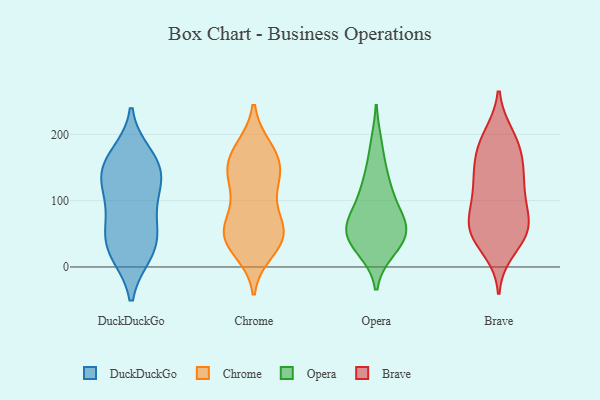
{"axis": {"x": "Revenue (USD Million)", "y": "Value"}, "legend": ["Brave", "Chrome", "DuckDuckGo", "Opera"], "data": [{"x": "", "y": 147, "type": "DuckDuckGo"}, {"x": "", "y": 121, "type": "DuckDuckGo"}, {"x": "", "y": 22, "type": "DuckDuckGo"}, {"x": "", "y": 30, "type": "DuckDuckGo"}, {"x": "", "y": 74, "type": "DuckDuckGo"}, {"x": "", "y": 55, "type": "DuckDuckGo"}, {"x": "", "y": 105, "type": "DuckDuckGo"}, {"x": "", "y": 146, "type": "DuckDuckGo"}, {"x": "", "y": 167, "type": "DuckDuckGo"}, {"x": "", "y": 151, "type": "DuckDuckGo"}, {"x": "", "y": 28, "type": "DuckDuckGo"}, {"x": "", "y": 66, "type": "Chrome"}, {"x": "", "y": 76, "type": "Chrome"}, {"x": "", "y": 177, "type": "Chrome"}, {"x": "", "y": 51, "type": "Chrome"}, {"x": "", "y": 37, "type": "Chrome"}, {"x": "", "y": 150, "type": "Chrome"}, {"x": "", "y": 179, "type": "Chrome"}, {"x": "", "y": 24, "type": "Chrome"}, {"x": "", "y": 148, "type": "Chrome"}, {"x": "", "y": 114, "type": "Chrome"}, {"x": "", "y": 144, "type": "Chrome"}, {"x": "", "y": 62, "type": "Chrome"}, {"x": "", "y": 172, "type": "Chrome"}, {"x": "", "y": 47, "type": "Chrome"}, {"x": "", "y": 41, "type": "Chrome"}, {"x": "", "y": 140, "type": "Chrome"}, {"x": "", "y": 40, "type": "Chrome"}, {"x": "", "y": 117, "type": "Chrome"}, {"x": "", "y": 51, "type": "Opera"}, {"x": "", "y": 129, "type": "Opera"}, {"x": "", "y": 89, "type": "Opera"}, {"x": "", "y": 45, "type": "Opera"}, {"x": "", "y": 37, "type": "Opera"}, {"x": "", "y": 28, "type": "Opera"}, {"x": "", "y": 125, "type": "Opera"}, {"x": "", "y": 182, "type": "Opera"}, {"x": "", "y": 70, "type": "Opera"}, {"x": "", "y": 73, "type": "Opera"}, {"x": "", "y": 52, "type": "Opera"}, {"x": "", "y": 138, "type": "Brave"}, {"x": "", "y": 95, "type": "Brave"}, {"x": "", "y": 57, "type": "Brave"}, {"x": "", "y": 186, "type": "Brave"}, {"x": "", "y": 198, "type": "Brave"}, {"x": "", "y": 144, "type": "Brave"}, {"x": "", "y": 61, "type": "Brave"}, {"x": "", "y": 60, "type": "Brave"}, {"x": "", "y": 171, "type": "Brave"}, {"x": "", "y": 192, "type": "Brave"}, {"x": "", "y": 111, "type": "Brave"}, {"x": "", "y": 26, "type": "Brave"}, {"x": "", "y": 50, "type": "Brave"}, {"x": "", "y": 57, "type": "Brave"}, {"x": "", "y": 153, "type": "Brave"}, {"x": "", "y": 92, "type": "Brave"}, {"x": "", "y": 123, "type": "Brave"}, {"x": "", "y": 50, "type": "Brave"}]}